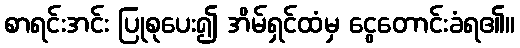
စာရင်းအင်း ပြုစုပေး၍ အိမ်ရှင်ထံမှ ငွေတောင်းခံရ၏။